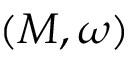
( M , \omega )